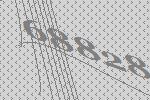
68828